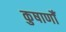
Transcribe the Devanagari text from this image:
कुषाणोँ